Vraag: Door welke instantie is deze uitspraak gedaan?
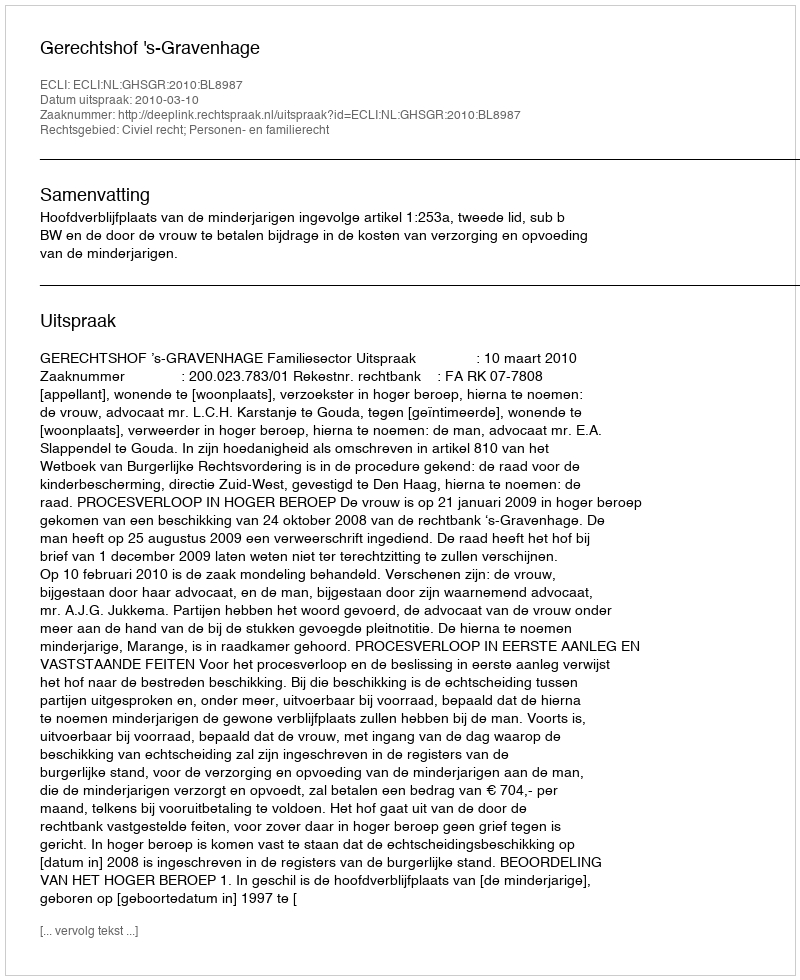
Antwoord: Gerechtshof 's-Gravenhage